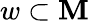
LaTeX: w\subset\mathbf{M}